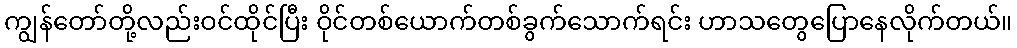
ကျွန်တော်တို့လည်းဝင်ထိုင်ပြီး ဝိုင်တစ်ယောက်တစ်ခွက်သောက်ရင်း ဟာသတွေပြောနေလိုက်တယ်။